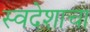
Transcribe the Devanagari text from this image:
स्वदेशाचा